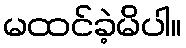
မထင်ခဲ့မိပါ။